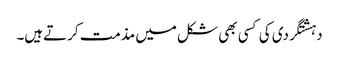
دہشتگردی کی کسی بھی شکل میں مذمت کرتےہیں۔